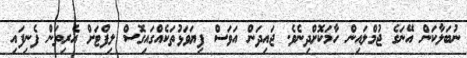
ނުބަލާކަން އޭނަގެ ޖުމްލައިން ހާމަކޮށްދިނެވެ. ޖައިދަން އަވަސް ފިޔަވަޅުތަކެއްގައިގޮސް ލިފްޓަށް އެރިތަން ފެނިފައި